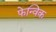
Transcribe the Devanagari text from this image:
फेन्विक